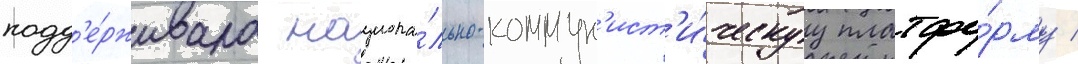
подд'е́рживала национа́льно-коммун'ист'и́ческуу платфо́рму /